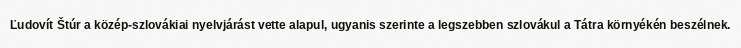
Ľudovít Štúr a közép-szlovákiai nyelvjárást vette alapul, ugyanis szerinte a legszebben szlovákul a Tátra környékén beszélnek.